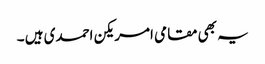
یہ بھی مقامی امریکن احمدی ہیں ۔